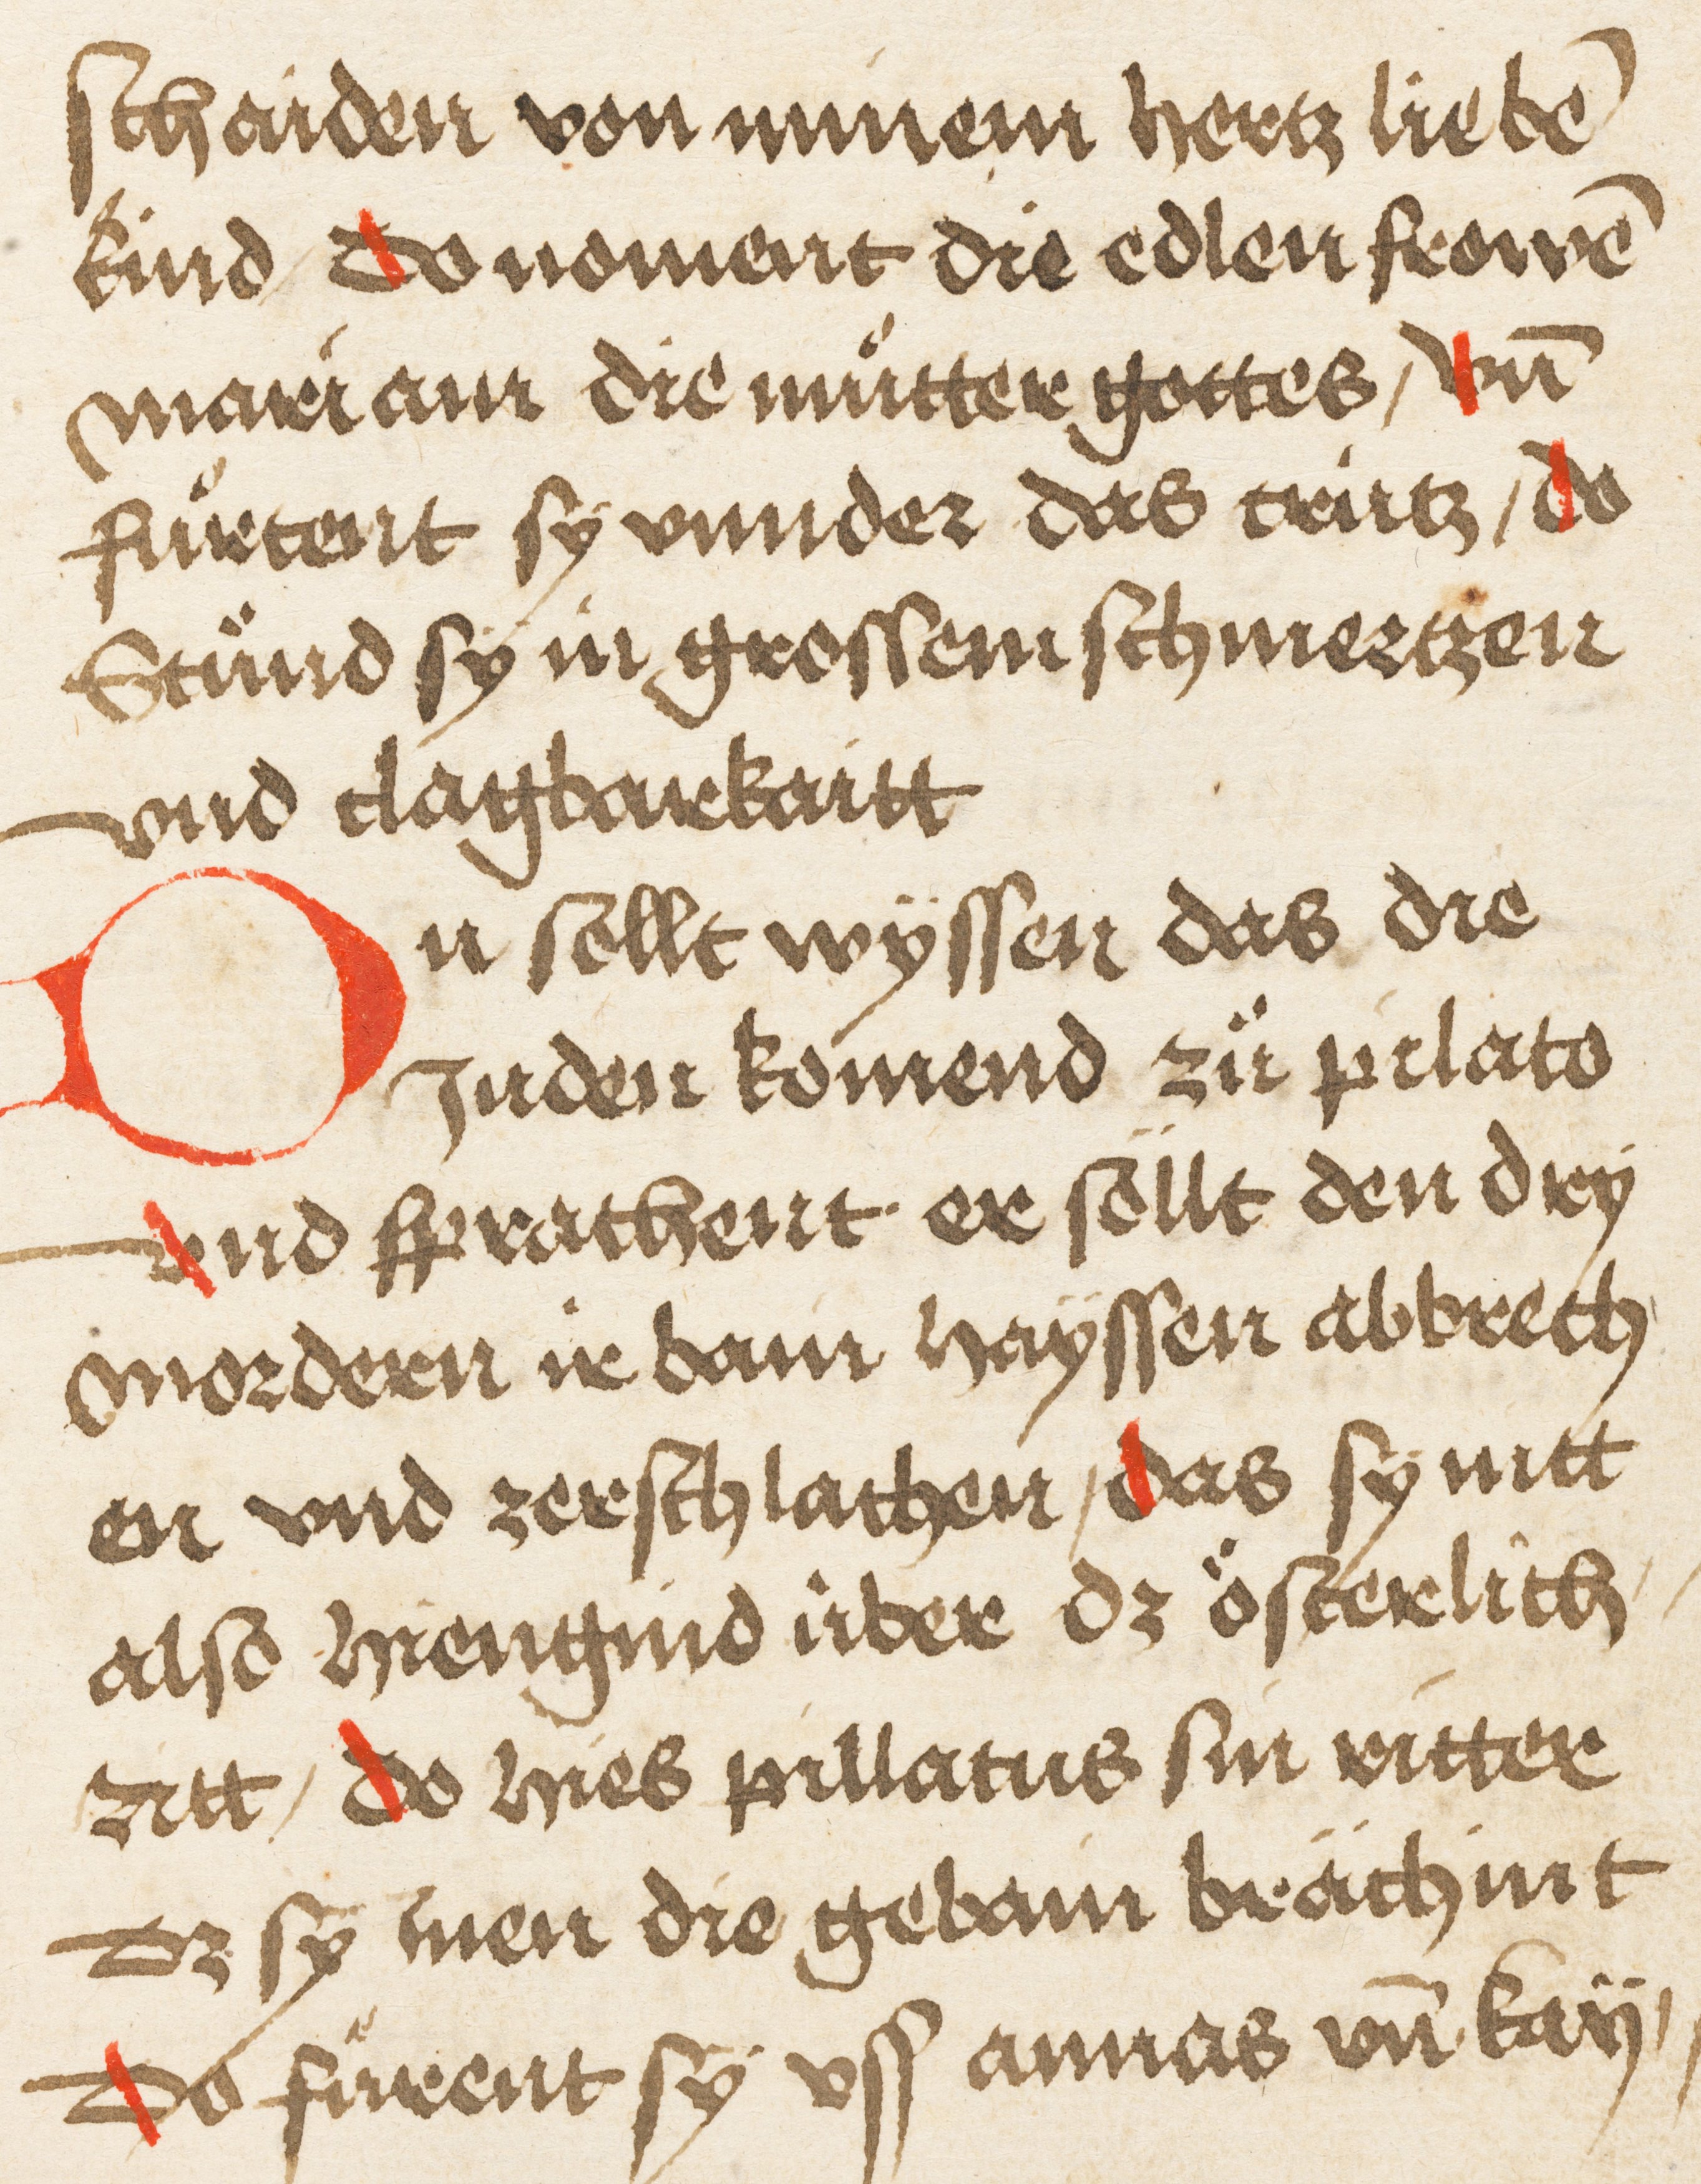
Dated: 1495–1495